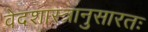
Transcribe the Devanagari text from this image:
वेदशास्त्रानुसारतः